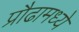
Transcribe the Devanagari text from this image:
प्रौढामध्ये